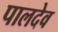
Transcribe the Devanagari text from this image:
पालदेव